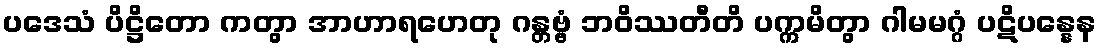
ပဒေသံ ပိဋ္ဌိတော ကတွာ အာဟာရဟေတု ဂန္တဗ္ဗံ ဘဝိဿတီတိ ပက္ကမိတွာ ဂါမမဂ္ဂံ ပဋိပန္နေန